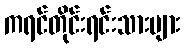
ကရင်တိုင်းရင်းသားများ